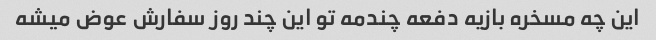
این چه مسخره بازیه دفعه چندمه تو این چند روز سفارش عوض میشه